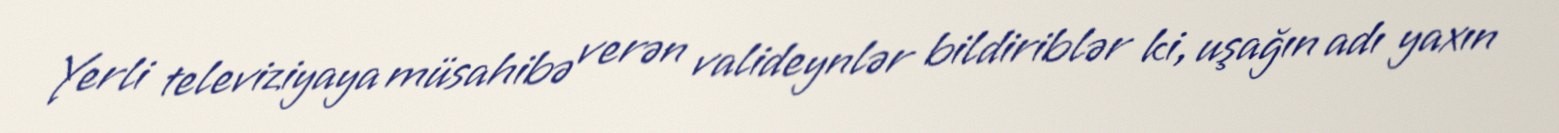
Yerli televiziyaya müsahibə verən valideynlər bildiriblər ki, uşağın adı yaxın